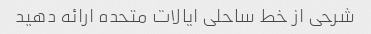
شرحی از خط ساحلی ایالات متحده ارائه دهید